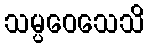
သမ္ပဝေသေသိ